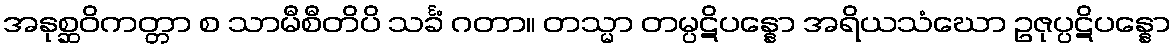
အနုစ္ဆဝိကတ္တာ စ သာမီစီတိပိ သင်္ခံ ဂတာ။ တသ္မာ တမ္ပဋိပန္နော အရိယသံဃော ဥဇုပ္ပဋိပန္နော